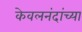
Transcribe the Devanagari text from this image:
केवलनंदांच्या